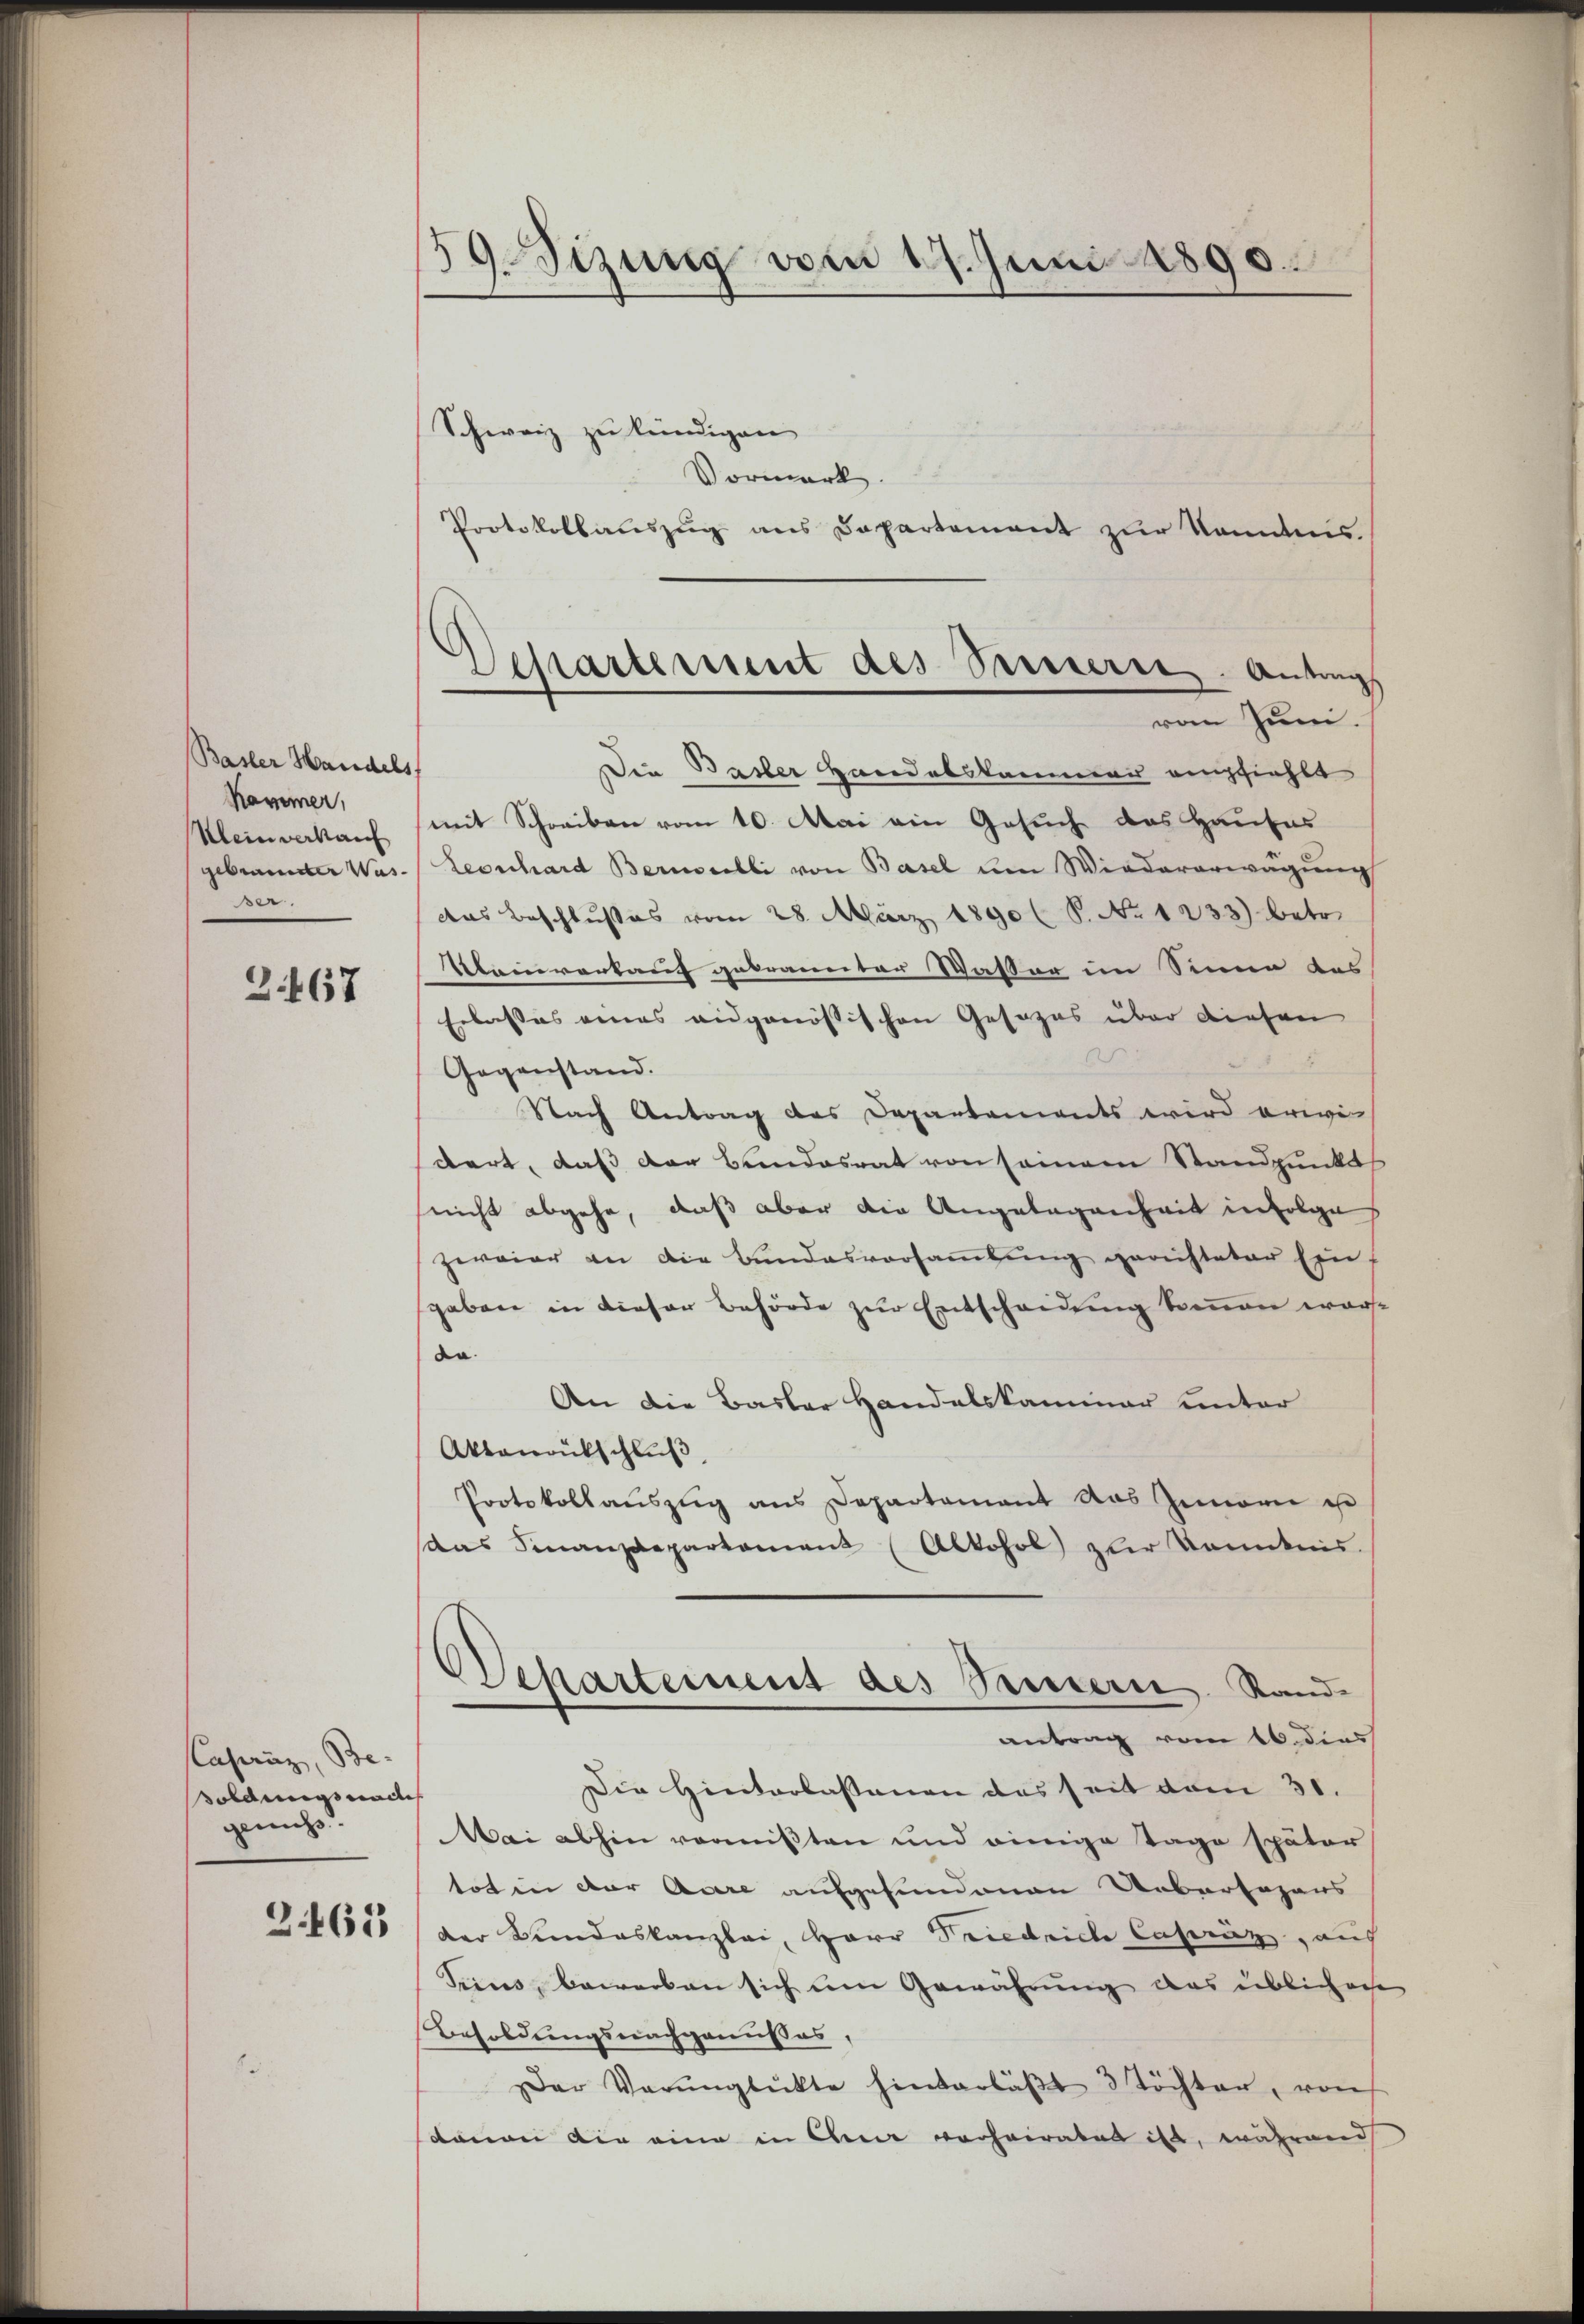
Basler Handels
Kammer,
Klein verkauf
gebräunter Wasser.

2. 467

Casanz, Be-
soldungsmaches
genuss.
3463

59. Sizung vom 17. Juni 1890.

Departement des Passierte. Antrags
vom Juni.

Schweiz zu kündigen
Vormerk.
Protokollauszug aus Departement zur Kenntnis.
Die Basler Handelskammer empfiehlt
mit Schreiben vom 10. Mai ein Gesuch das Hauses
Leonhard Bernelli von Basel um Wiedererwägung
das Beschlußes vom 28. März 1890 l S. No 1233) betr.
Kleinverkauf gebrannter Wasser im Sinne das
Erlasses eines eidgenössischen Gesezes über diesen
8
Gegenstand.
Nach Antrag des Departaments wird erwidert, daß der Bundesrat von seinem Standpunkts
(nicht abgehe, daß aber die Angelegenheit infolge
zweier an die Bundesversaṁlŭng gerichteter Ein-
gaben in dieser Behörde zur Entscheidung kennen warst
da
An die Basler Handelskammer unter
Aktenantschluß,
Protokollauszug aus Departement das Zinorie ist
das Finanzdepartement (Alkohol zur Kenntnis.
Separtement des Passern Stande
antrag vom 16. dies
Die Hinterlassenen das seit vom 31.
Wai abhin vermißten und einige Tage später
tot in der Aare aufgefundenen Uebersagens
der Bundeskanzlei, Herr Friedriche Caseräz, auf
Seines, bewerben sich um Gewährung das üblichen
Besoldungsnachgenußes,
er Verŭnglükte hinterläβt 3 Töchter, von
davon die eine in Chene verheiratet ist, während